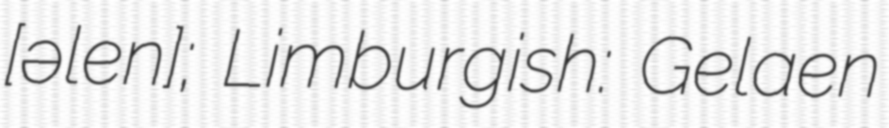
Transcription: [ɣəˈleːn]; Limburgish: Gelaen